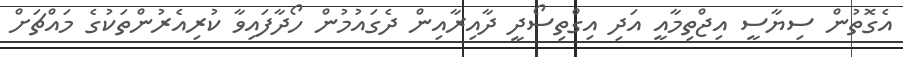
އެގޮތުން ސިޔާސީ އިޖްތިމާއީ އަދި އިގްތިސޯދީ ދާއިރާއިން ދެގައުމުން ހޯދާފައިވާ ކުރިއެރުންތަކުގެ މައްޗަށް